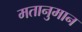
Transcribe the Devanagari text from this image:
मतानुमान